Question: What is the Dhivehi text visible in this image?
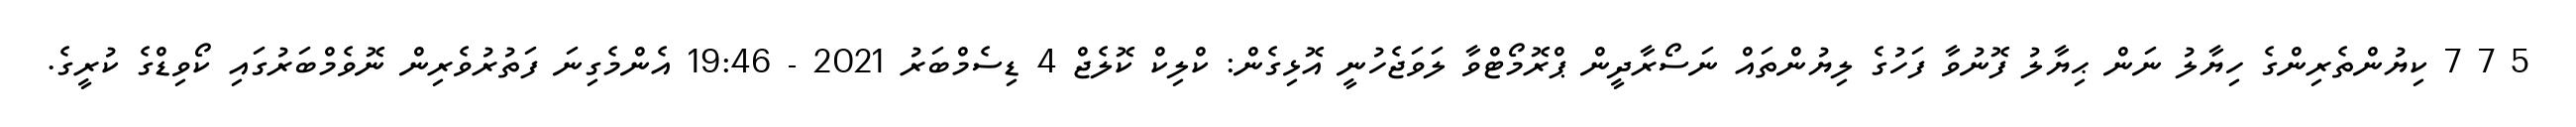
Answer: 5 7 7 ކިޔުންތެރިންގެ ހިޔާލު ނަން ޙިޔާލު ފޮނުވާ ފަހުގެ ލިޔުންތައް ނަސޯރާދީން ޕްރޮމޯޓްވާ ލަވަޖެހުނީ އޮޅިގެން: ކްލިކް ކޮލެޖް 4 ޑިސެމްބަރު 2021 - 19:46 އެންމެގިނަ ފަތުރުވެރިން ނޮވެމްބަރުގައި ކޯވިޑްގެ ކުރީގެ.